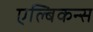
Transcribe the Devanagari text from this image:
एल्बिकन्स